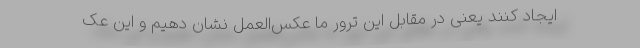
ایجاد کنند یعنی در مقابل این ترور ما عکس‌العمل نشان دهیم و این عک